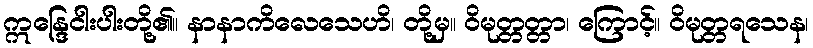
ဣန္ဒြေငါးပါးတို့၏။ နာနာကိလေသေဟိ၊ တို့မှ။ ဝိမုတ္တတ္တာ၊ ကြောင့်။ ဝိမုတ္တရသေန၊